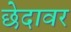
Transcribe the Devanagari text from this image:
छेदावर